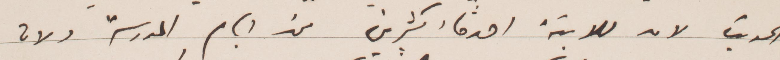
الديث لان للابنة أصدقاء كثيرين من أيام الدرسة ولان